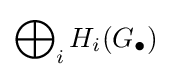
\bigoplus \nolimits _{i}H_{i}(G_{\bullet })